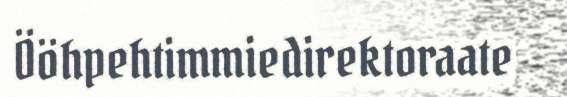
Ööhpehtimmiedirektoraate